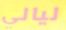
ليالي